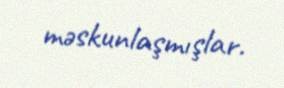
məskunlaşmışlar.